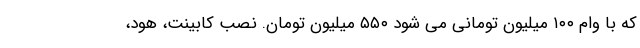
که با وام ۱۰۰ میلیون تومانی می شود ۵۵۰ میلیون تومان. نصب کابینت، هود،